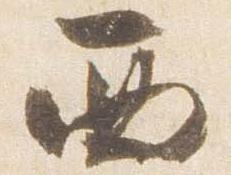
西